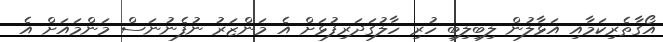
އޯގާތެރިކަމާއި އަޅާލުން ލިބިލިބި ހުރި ހާލުގަދަރިފުޅަށް އެ މަންޒަރު ނުފެނުނަސް މަންމައަށް އެ